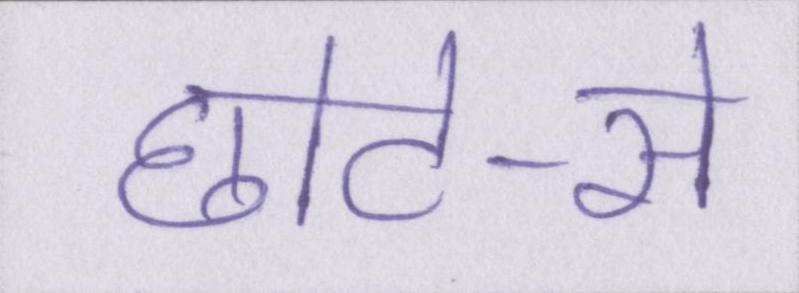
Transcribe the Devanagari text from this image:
छोटे-से